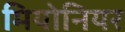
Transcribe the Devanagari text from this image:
मियोनियर